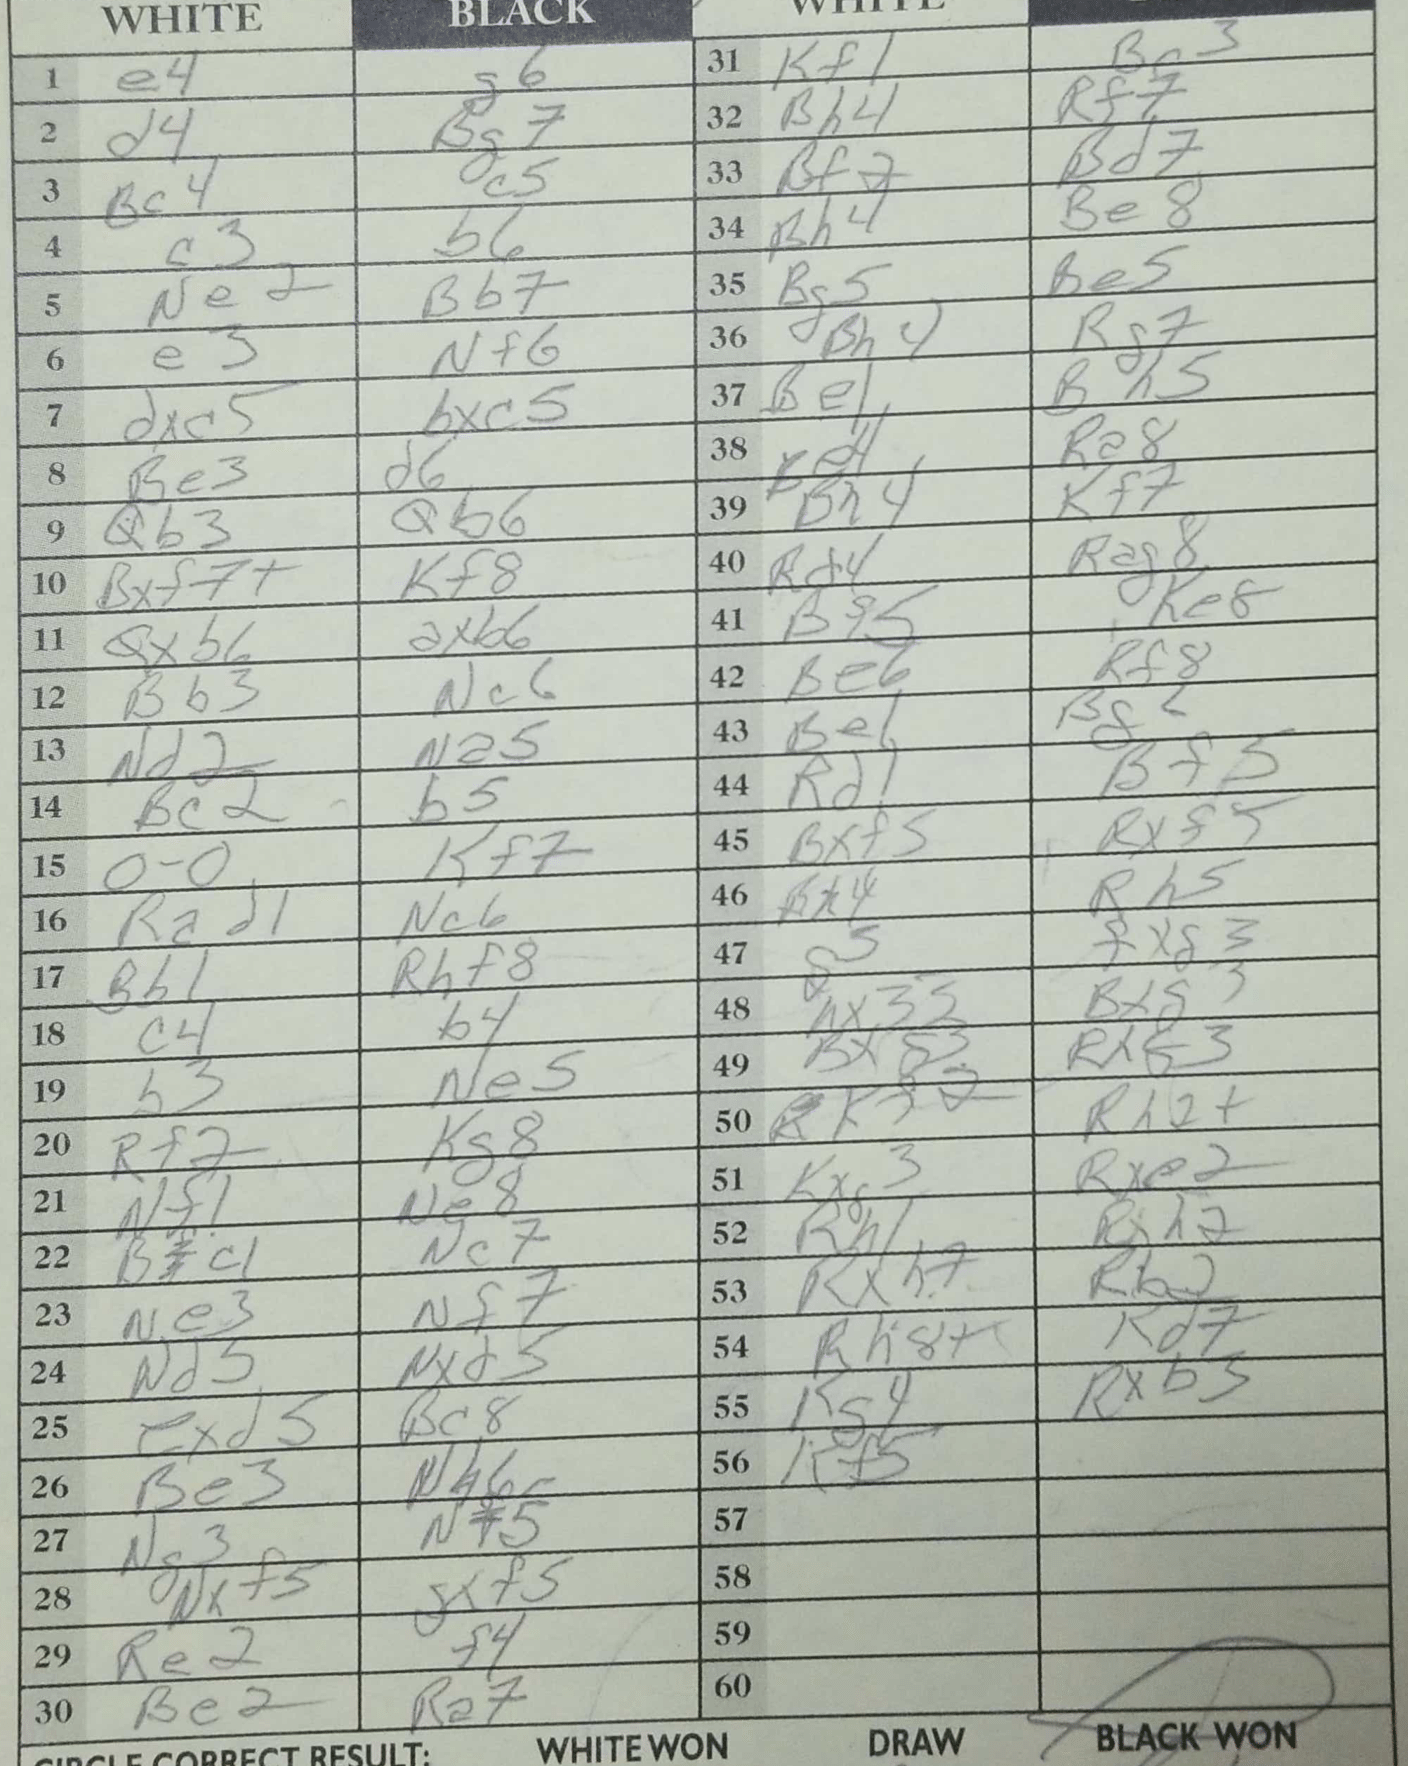
Moves: e4 g6 d4 Bg7 Bc4 c5 c3 b6 Ne2 Bb7 e3 Nf6 dxc5 bxc5 Be3 d6 Qb3 Qb6 Bxf7+ Kf8 Qxb6 axb6 Bb3 Nc6 Nd2 Na5 Bc2 b5 O-O Kf7 Rad1 Nc6 Bb1 Rhf8 c4 b4 b3 Ne5 Rf2 Kg8 Nf1 Ne8 Bc1 Nc7 Ne3 Nf7 Nd5 Nxd5 exd5 Bc8 Be3 Nh6 Ng3 Nf5 Nxf5 gxf5 Re2 f4 Be2 Ra7 Kf1 Bg3 Bh4 Rf7 Bf2 Bd7 Bh4 Be8 Bg5 Be5 Bh4 Rg7 Be1 Bh5 Be4 Ra8 Bh4 Kf7 Rd4 Rag8 Bf5 Ke8 Be6 Rf8 Be1 Bg2 Rd1 Bf5 Bxf5 Rxf5 Bh4 Rh5 g5 fxg3 Bxg3 Bxg3 Rxf3 Kf2 Rh2+ Kxg3 Rxe2 Rh1 Rxh2 Rxh7 Rb2 Rh8+ Rd7 Kg4 Rxb5 Kf5